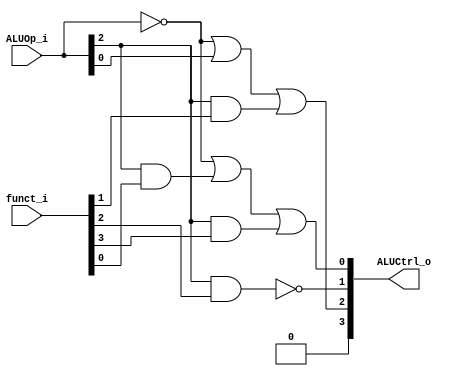
// id: 109550022

//Subject:     CO project 2 - ALU Controller
//--------------------------------------------------------------------------------
//Version:     1
//--------------------------------------------------------------------------------
//Writer:      
//----------------------------------------------
//Date:        
//----------------------------------------------
//Description: 
//--------------------------------------------------------------------------------
`timescale 1ns/1ps
module ALU_Ctrl(
          funct_i,
          ALUOp_i,
          ALUCtrl_o
          );
          
//I/O ports 
input      [6-1:0] funct_i;
input      [3-1:0] ALUOp_i;

output     [4-1:0] ALUCtrl_o;    
     
//Internal Signals
reg        [4-1:0] ALUCtrl_o;

//Parameter

       
//Select exact operation
always @(ALUOp_i or funct_i) begin
    ALUCtrl_o[3] <= 0;
    ALUCtrl_o[2] <= (ALUOp_i == 0) | (ALUOp_i[0]) | (ALUOp_i[2] & funct_i[1]);
    ALUCtrl_o[1] <= ~(ALUOp_i[2] & funct_i[2]);
    ALUCtrl_o[0] <= (ALUOp_i == 0) | (ALUOp_i[2] & funct_i[0]) | (ALUOp_i[2] & funct_i[3]);

    // case (ALUOp_i)
    //     // R-type
    //     3'b100: case (funct_i)
    //         6'b100000: ALUCtrl_o <= 2; // add
    //         6'b100010: ALUCtrl_o <= 6; // sub
    //         6'b100100: ALUCtrl_o <= 0; // and
    //         6'b100101: ALUCtrl_o <= 1; // or
    //         6'b101010: ALUCtrl_o <= 7; // slt
    //         default: ALUCtrl_o <= 4'bxxxx;
            
    //     endcase
    //     // addi
    //     3'b010: ALUCtrl_o <= 2;
    //     // beq
    //     3'b001: ALUCtrl_o <= 6;
    //     // slt
    //     3'b000: ALUCtrl_o <= 7;
    //     default: ALUCtrl_o <= 0;
    // endcase
end

endmodule